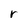
Character: r